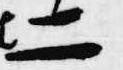
二